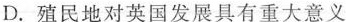
D.殖民地对英国发展具有重大意义